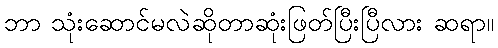
ဘာ သုံးဆောင်မလဲဆိုတာဆုံးဖြတ်ပြီးပြီလား ဆရာ။